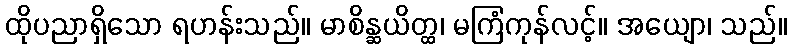
ထိုပညာရှိသော ရဟန်းသည်။ မာစိန္ဆယိတ္ထ၊ မကြံကုန်လင့်။ အယျော၊ သည်။